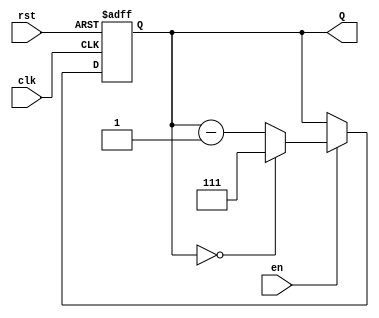
module binary_down_counter #(
    parameter N = 3 // Parameter to define the bit width of the counter
)(
    input wire clk,          // Clock signal
    input wire rst,          // Asynchronous reset signal
    input wire en,           // Enable signal
    output reg [N-1:0] Q     // N-bit output for the current count value
);

    // Maximum count value for the counter, which is (2^N - 1)
    localparam MAX_COUNT = (1 << N) - 1;

    // Asynchronous reset and counting logic
    always @(posedge clk or posedge rst) begin
        if (rst) begin
            // On reset, load the maximum count value
            Q <= MAX_COUNT;
        end else if (en) begin
            // If enabled, decrement the counter
            if (Q == 0) begin
                // Wrap around to maximum count value if at 0
                Q <= MAX_COUNT;
            end else begin
                // Decrement the count value
                Q <= Q - 1;
            end
        end
        // If enable is low, the counter holds its current value
    end

endmodule